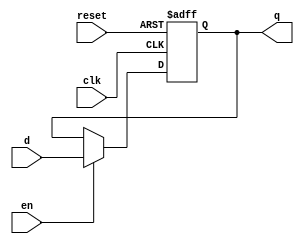
// Listing 4.3
module d_ff_en_1seg
   (
    input wire clk, reset,
    input wire en,
    input wire d,
    output reg q
   );

   // body
   always @(posedge clk, posedge reset)
      if (reset)
         q <= 1'b0;
      else if (en)
         q <= d;

endmodule